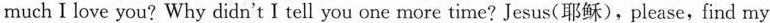
much I love you? Why didn't I tell you one more time? Jesus(耶稣),please,find my